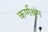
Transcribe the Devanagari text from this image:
कर्णश्रृंग